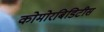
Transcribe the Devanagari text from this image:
कोमोरबिडिटीस